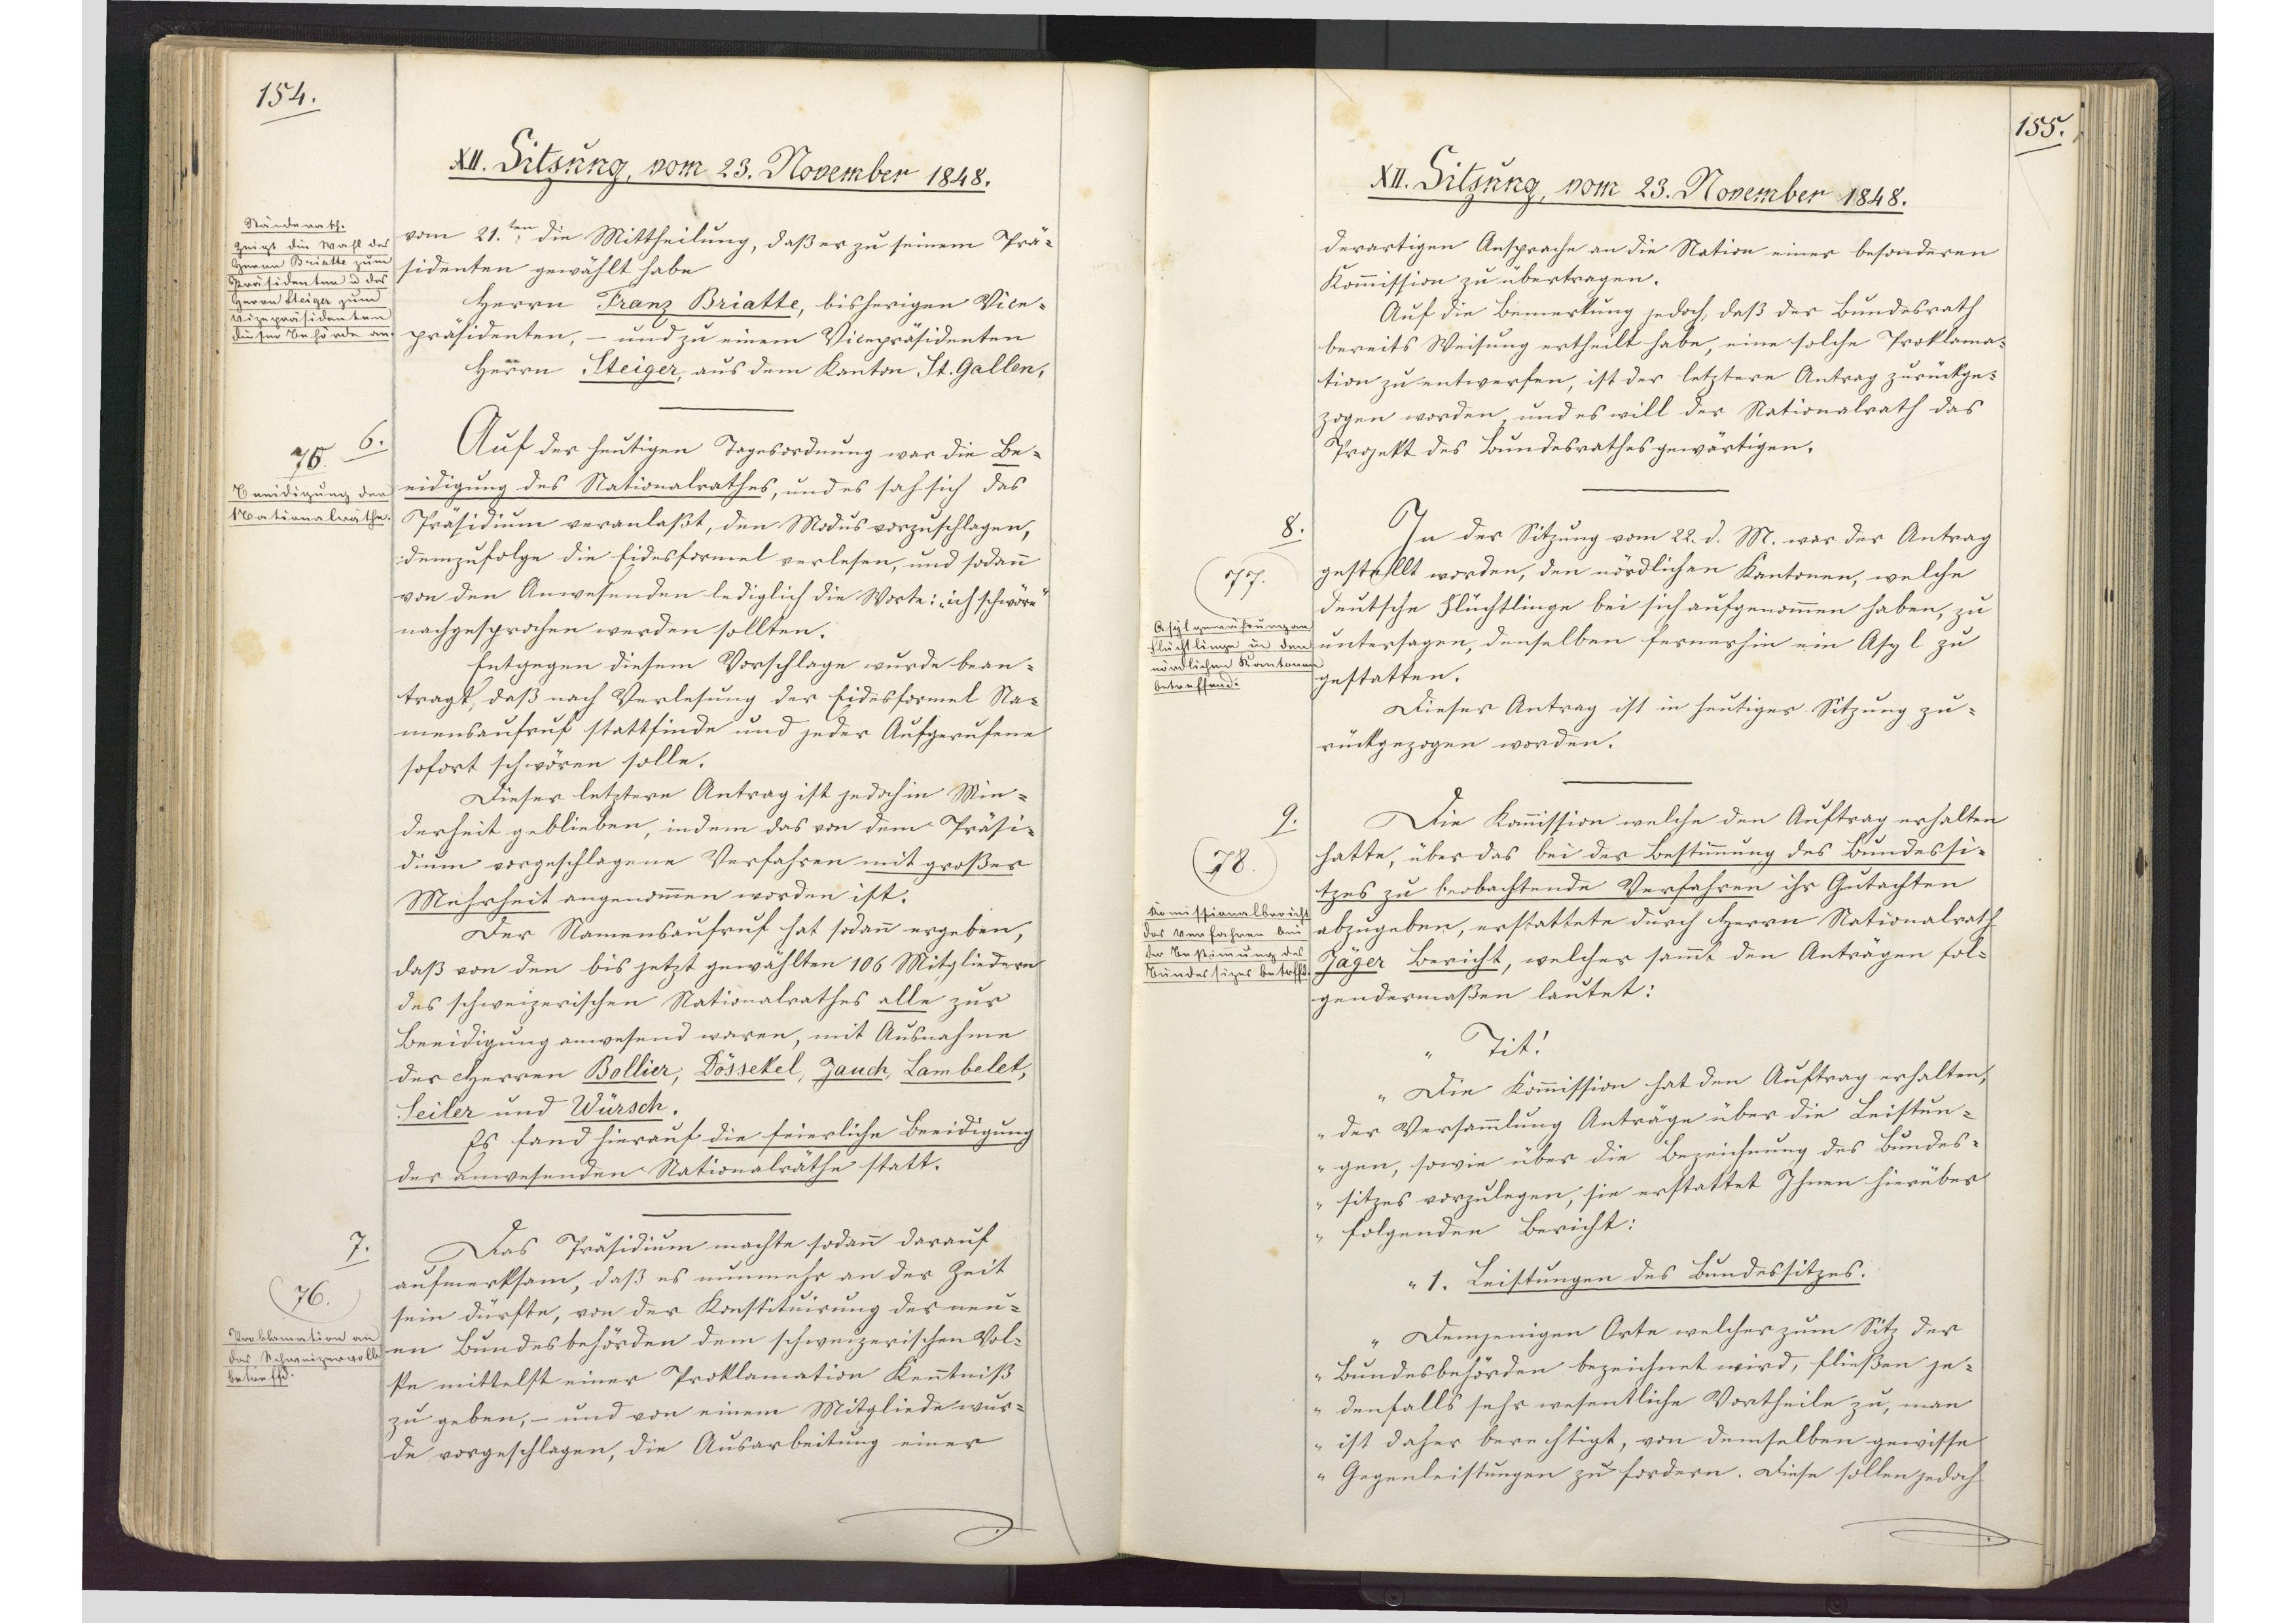
154.

XII. Sitzung, vom 23. November 1848.

vom 21.ten die Mittheilung, daß er zu seinem Prä¬
sidenten gewählt habe.
Herrn Franz Briatte, bisherigen Vice¬
präsidenten, - und zu einem Vicepräsidenten
Herrn Steiger, aus dem Kanton St. Gallen,
Auf der heutigen Tagesordnung war die Be¬
eidigung des Nationalrathes, und es sah sich des
Präsidium veranlaßt, den Modus vorzuschlagen,
demzufolge die Eidesformel verlesen, und sodann
von den Anwesenden lediglich die Worte: "ich schwöre"
nachgesprochen werden sollten.
Entgegen diesem Vorschlage wurde bean¬
tragt, daß nach Verlesung der Eidesformel Na¬
mensaufruf stattfinde und jeder Aufgerufene
sofort schwören solle.
Dieser letztere Antrag ist jedoch in Min¬
derheit geblieben, indem das von dem Präsi¬
dium vorgeschlagene Verfahren mit großer
Mehrheit angenommen worden ist.
Der Namensaufruf hat sodann ergeben,
daß von den bis jetzt gewählten 106 Mitgliedern
des schweizerischen Nationalrathes alle zur
Beeidigung anwesend waren, mit Ausnahme
der Herren Bollier, Dössekel, Jauch, Lambelet,
Seiler und Würsch.
Es fand hierauf die feierliche Beeidigung
der anwesenden Nationalräthe statt.
Das Präsidium machte sodann darauf
aufmerksam, daß es nunmehr an der Zeit
sein dürfte, von der Konstituirung des neu¬
en Bundesbehörden dem schweizerischen Vol¬
ke mittelst einer Proklamation Kenntniß
zu geben, - und von einem Mitgliede wur¬
de vorgeschlagen, die Ausarbeitung einer

Ständerath.
Zeigt die Wahl des
Herren Briatte zum
Präsidenten und des
Herrn Steiger zum
Vizepräsidenten
dieser Behörde an.

6.
75
Beeidigung der
Nationalräthe.

7.
76
Proklamation an
das Schweizervolk
betreffend.

155.

XII. Sitzung, vom 23. November 1848.

derartigen Ansprache an die Nation einer besonderen
Kommission zu übertragen.
Auf die Bemerkung jedoch, daß der Bundesrath
bereits Weisung ertheilt habe, eine solche Proklama¬
tion zu entwerfen, ist der letztere Antrag zurückge¬
zogen worden, und es will der Nationalrath das
Projekt des Bundesrathes gewärtigen.
In der Sitzung vom 22. d. M. war der Antrag
gestelllt worden, den nördlichen Kantonen, welche
deutsche Flüchtlinge bei sich aufgenommen haben, zu
untersagen, denselben fernerhin ein Asyl zu
gestatten.
Dieser Antrag ist in heutiger Sitzung zu¬
rückgezogen worden.
Die Kommission welche den Auftrag erhalten
hatte, über das bei der Bestimmung des Bundessi¬
tzes zu beobachtende Verfahren ihr Gutachten
abzugeben, erstattete durch Herrn Nationalrath
Jäger Bericht, welcher sammt den Anträgen fol¬
gendermaßen lautet:
"Tit!
Die Kommission hat den Auftrag erhalten,
der Versammlung Anträge über die Leistun¬
gen, sowie über die Bezeichnung des Bundes¬
sitzes vorzulegen, sie erstattet Ihnen hierüber
folgenden Bericht:
1. Leistungen des Bundessitzes.
Demjenigen Orte welcher zum Sitz der
Bundesbehörden bezeichnet wird, fließen je¬
denfalls sehr wesentliche Vortheile zu, man
ist daher berechtigt, von demselben gewisse
Gegenleistungen zu fordern. Diese sollen jedoch

8.
77
Asylgewährung an
Flüchtlinge in den
nördlichen Kantonen
betreffend.

9.
78
Komissionalbericht
das Verfahren bei
der Bestimmung des
Bundessizes betreffend.